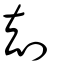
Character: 刦